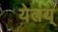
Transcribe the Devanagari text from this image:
येतंय्